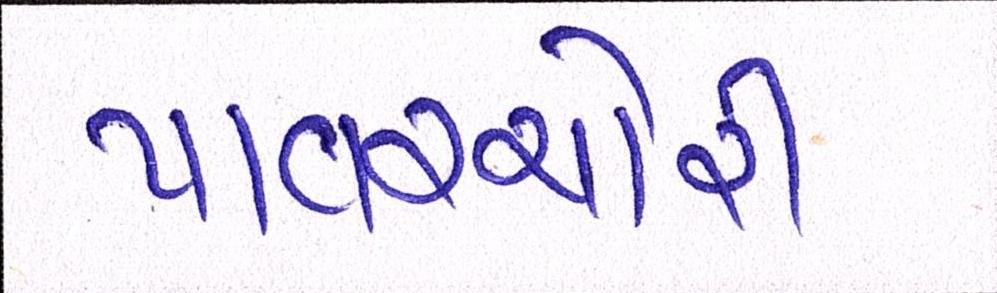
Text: પાવરચોરી